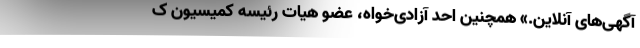
آگهی‌های آنلاین.» همچنین احد آزادی‌خواه، عضو هیات رئیسه کمیسیون ک